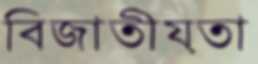
বিজাতীয়তা